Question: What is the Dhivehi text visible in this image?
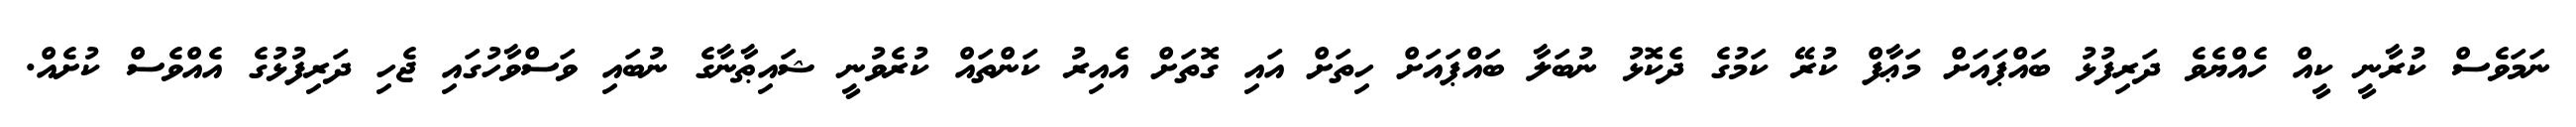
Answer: ނަމަވެސް ކުރާނީ ކީއް ހެއްޔެވެ ދަރިފުޅު ބައްޕައަށް މަޢާފް ކުރޭ ކަމުގެ ދެކޮޅު ނުބަލާ ބައްޕައަށް ހިތަށް އައި ގޮތަށް އެއިރު ކަންތައް ކުރެވުނީ ޝައިޠާނާގެ ނުބައި ވަސްވާހުގައި ޖެހި ދަރިފުޅުގެ އެއްވެސް ކުށެއް.